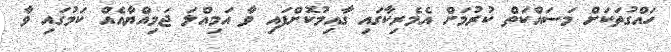
ހައްގުތަކަށް މަސައްކަތް ކުރުމަށް އެމެރިކާގައި ގާއިމުކޮށްފައި ވާ އަމިއްލަ ޖަމިއްޔާއެއް ކަމުގައި ވާ